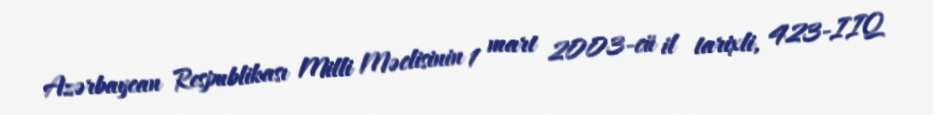
Azərbaycan Respublikası Milli Məclisinin 1 mart 2003-cü il tarixli, 423-IIQ